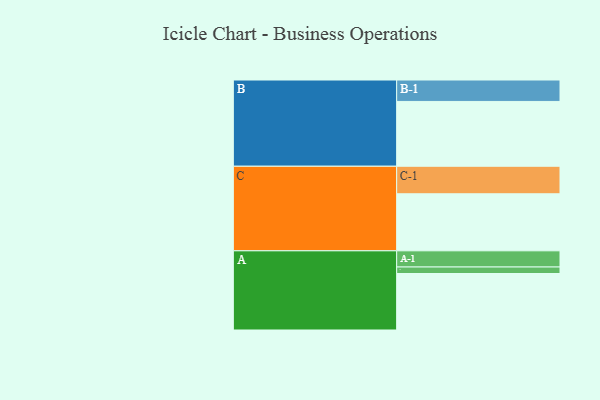
{"axis": {"x": "Segment", "y": "Value"}, "legend": ["", "A", "B", "C"], "data": [{"x": "A", "y": 503, "type": ""}, {"x": "B", "y": 577, "type": ""}, {"x": "C", "y": 508, "type": ""}, {"x": "A-1", "y": 144, "type": "A"}, {"x": "A-2", "y": 58, "type": "A"}, {"x": "B-1", "y": 191, "type": "B"}, {"x": "C-1", "y": 245, "type": "C"}]}